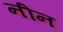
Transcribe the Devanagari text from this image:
नीन